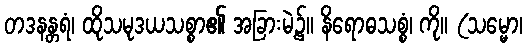
တဒနန္တရံ၊ ထိုသမုဒယသစ္စာ၏ အခြားမဲ့၌။ နိရောဓသစ္စံ၊ ကို။ (သမ္မော၊